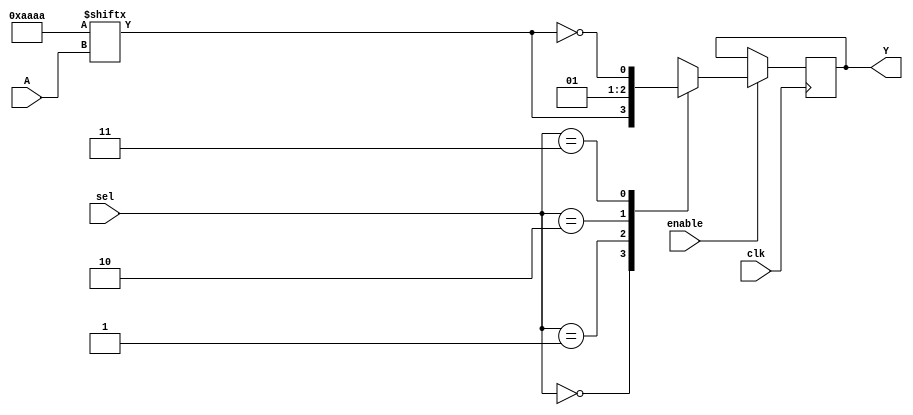
module CLB (
    input  wire [3:0] A,         // 4-bit input for LUT
    input  wire [1:0] sel,       // 2-bit select for MUX
    input  wire clk,             // Clock signal (for synchronous logic)
    input  wire enable,          // Enable signal for the CLB
    output wire Y                // Output of the CLB
);

    // Configuration Memory for LUT (16 entries for a 4-input LUT)
    reg [15:0] lut_config = 16'b1010101010101010; // Example configuration

    // LUT Implementation
    wire lut_out;
    assign lut_out = lut_config[{A[3], A[2], A[1], A[0]}];

    // MUX Implementation
    reg mux_out;
    always @(*) begin
        case (sel)
            2'b00: mux_out = lut_out;               // Output from LUT
            2'b01: mux_out = 1'b0;                   // Example: Ground
            2'b10: mux_out = 1'b1;                   // Example: VCC
            2'b11: mux_out = ~lut_out;               // Inverted LUT output
            default: mux_out = 1'b0;                 // Default case
        endcase
    end

    // Output Buffer
    reg Y_buf;
    always @(posedge clk) begin
        if (enable) begin
            Y_buf <= mux_out;                      // Buffering the MUX output
        end
    end

    // Final Output
    assign Y = Y_buf;

endmodule